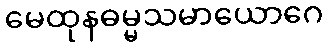
မေထုနဓမ္မသမာယောဂေ